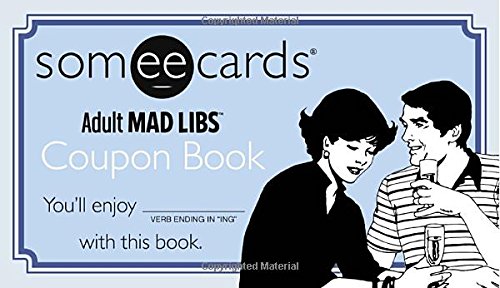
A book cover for Someecards Mad Libs Coupon Book; Jay Perrone; Humor & Entertainment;